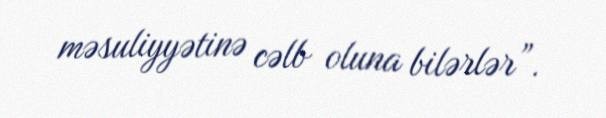
məsuliyyətinə cəlb oluna bilərlər”.